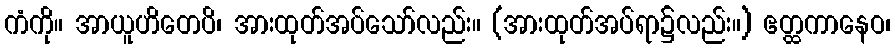
ကံကို။ အာယူဟိတေပိ၊ အားထုတ်အပ်သော်လည်း။ (အားထုတ်အပ်ရာ၌လည်း။) ဧတ္ထကာနေဝ၊